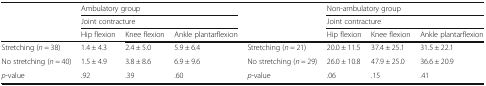
| <ROWSPAN=3>  | <COLSPAN=3> Ambulatory group | <ROWSPAN=3>  | <COLSPAN=3> Non-ambulatory group |
 | <COLSPAN=3> Joint contracture | <COLSPAN=3> Joint contracture |
 | Hip flexion | Knee flexion | Ankle plantarflexion | Hip flexion | Knee flexion | Ankle plantarflexion |
 | --- | --- | --- | --- | --- | --- | --- | --- |
 | Stretching (n = 38) | 1.4 ± 4.3 | 2.4 ± 5.0 | 5.9 ± 6.4 | Stretching (n = 21) | 20.0 ± 11.5 | 37.4 ± 25.1 | 31.5 ± 22.1 |
 | No stretching (n = 40) | 1.5 ± 4.9 | 3.8 ± 8.6 | 6.9 ± 9.6 | No stretching (n = 29) | 26.0 ± 10.8 | 47.9 ± 25.0 | 36.6 ± 20.9 |
 | p-value | .92 | .39 | .60 | p-value | .06 | .15 | .41 |